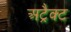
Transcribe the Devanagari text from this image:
अट्रैक्ट